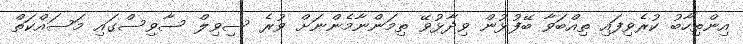
އިންތިހާބު ކުރެވިފައި ތިއްބަވާ ބޭފުޅުން ވިދާޅުވޭ ތިމަންނާމެންނަށް ވުރެ ސިވިލް ސާވިސްގައި މަސައްކަތް